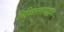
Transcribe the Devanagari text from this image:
चिकित्सापद्धत